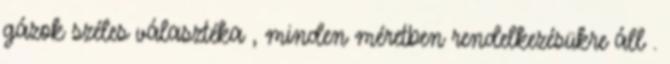
gázok széles választéka , minden méretben rendelkezésükre áll .